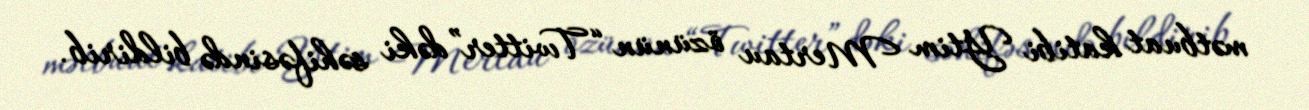
mətbuat katibi Ytim Mertau özünün “Twitter”dəki səhifəsində bildirib.